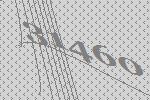
31460